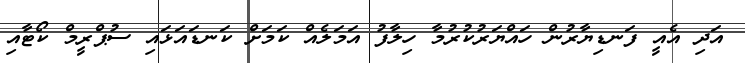
އަދި އެއީ ފަނޑިޔާރުން ހައްޔަރުކުރުމާ ހިލާފު އަމަލެއް ކަމަށް ކަނޑައަޅައި ސުޕްރީމް ކޯޓާއި